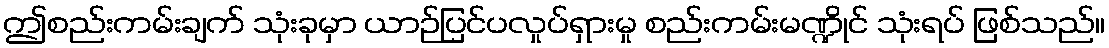
ဤစည်းကမ်းချက် သုံးခုမှာ ယာဉ်ပြင်ပလှုပ်ရှားမှု စည်းကမ်းမဏ္ဍိုင် သုံးရပ် ဖြစ်သည်။